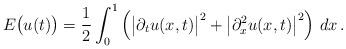
LaTeX: \begin{align*}E\big(u(t)\big)=\frac{1}{2}\int_{0}^1 \left( \big|\partial_t u (x,t) \big|^2 +\big|\partial_x^2 u(x,t)\big|^2\right)\, dx\,.\end{align*}